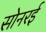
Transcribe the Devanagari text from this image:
सोनरई